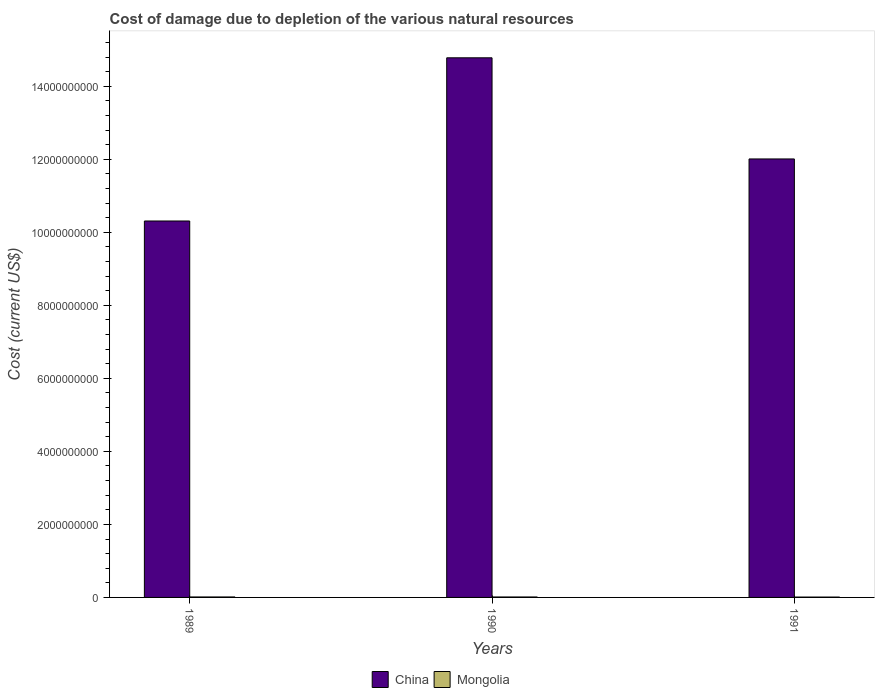
| Years | China | Mongolia |
 | --- | --- | --- |
 | 1989 | 1.03e+10 | 1.27e+07 |
 | 1990 | 1.48e+10 | 1.23e+07 |
 | 1991 | 1.2e+10 | 9.74e+06 |